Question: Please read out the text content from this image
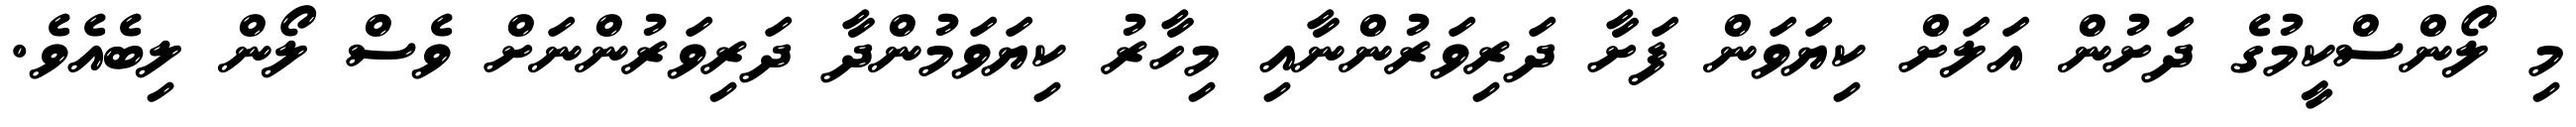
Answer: މި ލޯންސްކީމުގެ ދަށުން އަލަށް ކިޔަވަން ފަށާ ދަރިވަރުންނާއި މިހާރު ކިޔަވަމުންދާ ދަރިވަރުންނަށް ވެސް ލޯން ލިބެއެވެ.